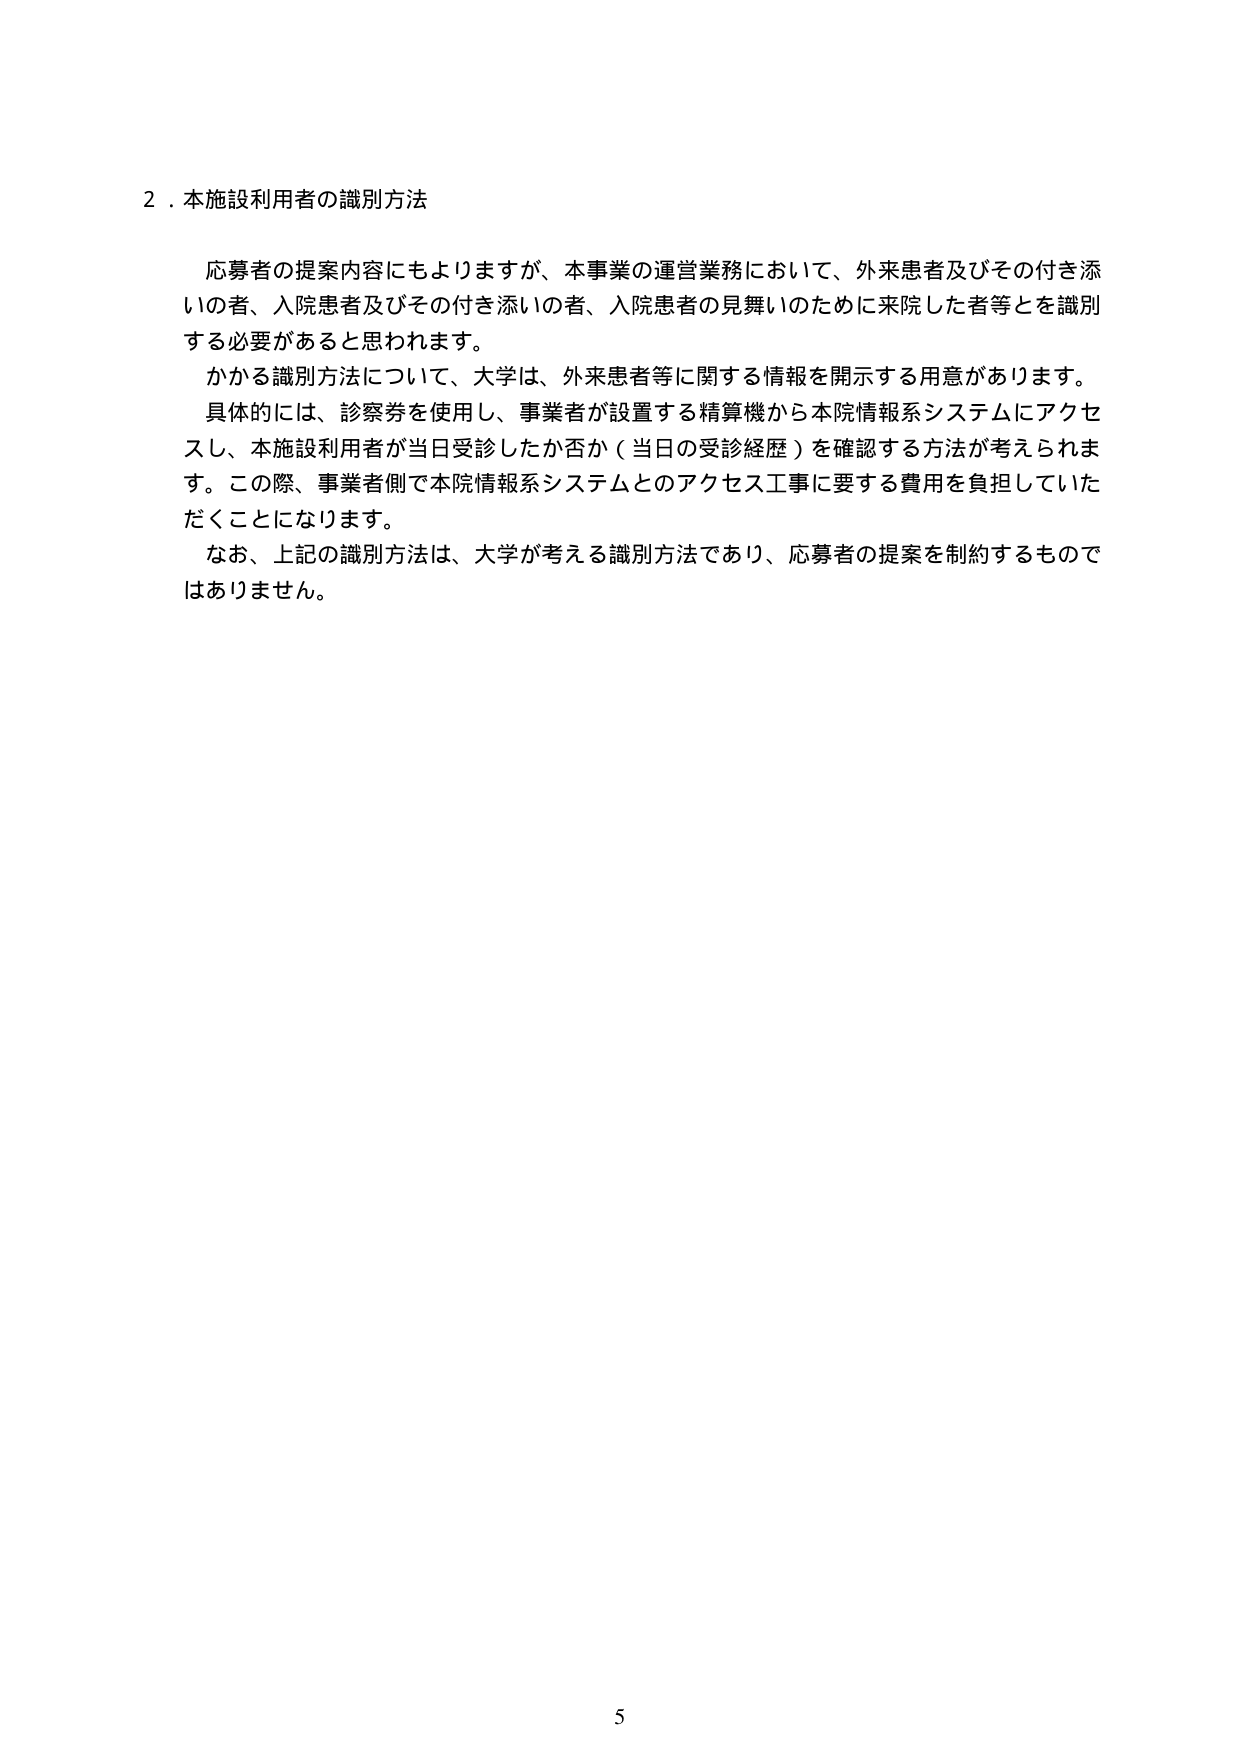
2．本施設利用者の識別方法

応募者の提案内容にもよりますが、本事業の運営業務において、外来患者及びその付き添いの者、入院患者及びその付き添いの者、入院患者の見舞いのために来院した者等を識別する必要があると思われます。

かかる識別方法について、大学は、外来患者等に関する情報を開示する用意があります。

具体的には、診察券を使用し、事業者が設置する精算機から本院情報系システムにアクセスし、本施設利用者が当日受診したか否か（当日の受診経歴）を確認する方法が考えられます。この際、事業者側で本院情報系システムとのアクセス工事に要する費用を負担していただくことになります。

なお、上記の識別方法は、大学が考える識別方法であり、応募者の提案を制約するものではありません。

5